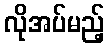
လိုအပ်မည့်